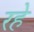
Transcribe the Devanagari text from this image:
रहेे